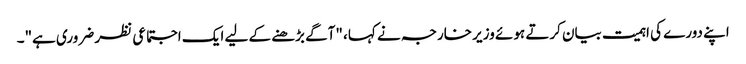
اپنے دورے کی اہمیت بیان کرتے ہوئے وزیر خارجہ نے کہا، "آگے بڑھنے کے لیے ایک اجتماعی نظر ضروری ہے"۔